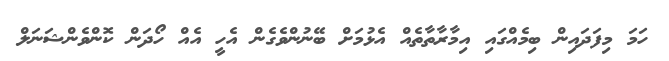
ހަމަ މިފަދައިން ބިމެއްގައި އިމާރާތާތެއް އެޅުމަށް ބޭނުންވެގެން އެހީ އެއް ހޯދަން ކޮންވެންޝަނަލް